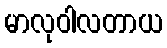
မာလုဝါလတာယ